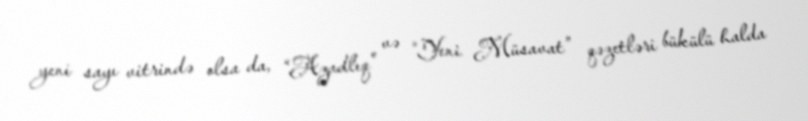
yeni sayı vitrində olsa da, “Azadlıq” və “Yeni Müsavat” qəzetləri bükülü halda